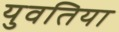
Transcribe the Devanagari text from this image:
युवतिया